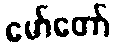
မော်တော်